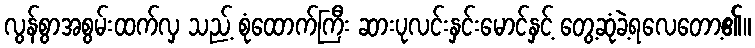
လွန်စွာအစွမ်းထက်လှ သည့် စုံထောက်ကြီး ဆားပုလင်းနှင်းမောင်နှင့် တွေ့ဆုံခဲ့ရလေတော့၏။